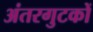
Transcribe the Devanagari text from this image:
अंतरगुटकों